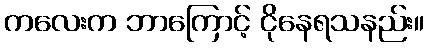
ကလေးက ဘာကြောင့် ငိုနေရသနည်း။